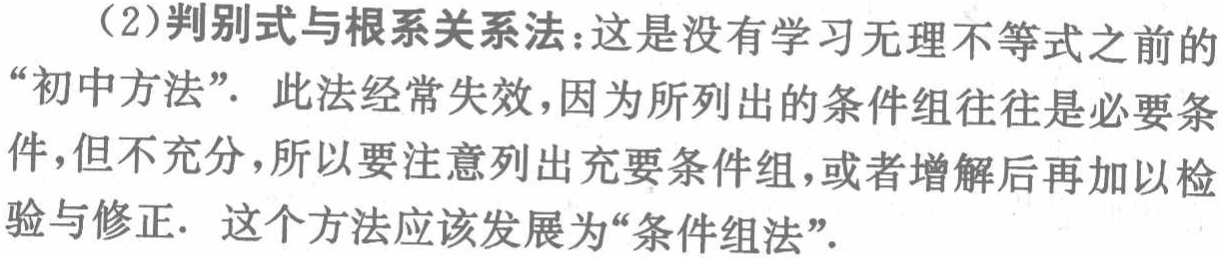
（2）判别式与根系关系法：这是没有学习无理不等式之前的“初中方法”. 此法经常失效，因为所列出的条件组往往是必要条件，但不充分，所以要注意列出充要条件组，或者增解后再加以检验与修正. 这个方法应该发展为“条件组法”.